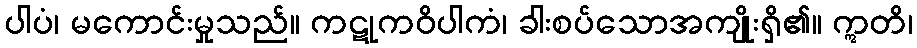
ပါပံ၊ မကောင်းမှုသည်။ ကဋုကဝိပါကံ၊ ခါးစပ်သောအကျိုးရှိ၏။ ဣတိ၊